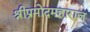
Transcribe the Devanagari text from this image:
श्रीप्रमोदमहाराज